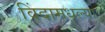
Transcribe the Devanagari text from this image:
विंदामधल्या